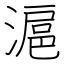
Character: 滬